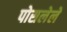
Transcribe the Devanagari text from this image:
पोसलेले